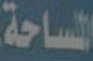
الساحة